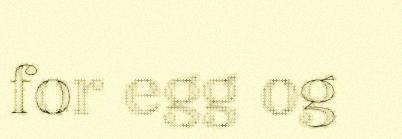
for egg og